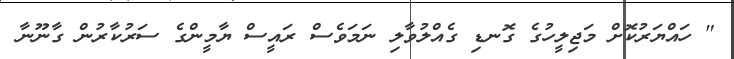
" ހައްޔަރުކޮށް މަޖިލީހުގެ ގޮނޑި ގެއްލުވާލި ނަމަވެސް ރައީސް ޔާމީންގެ ސަރުކާރުން ގާނޫނާ